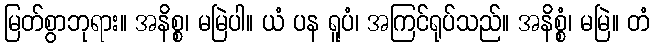
မြတ်စွာဘုရား။ အနိစ္စ၊ မမြဲပါ။ ယံ ပန ရူပံ၊ အကြင်ရုပ်သည်။ အနိစ္စံ၊ မမြဲ။ တံ